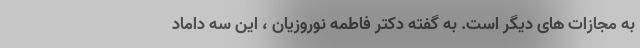
به مجازات های دیگر است. به گفته دکتر فاطمه نوروزیان ، این سه داماد